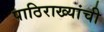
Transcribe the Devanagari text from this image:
पाठिराख्यांची